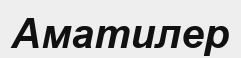
Аматилер